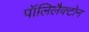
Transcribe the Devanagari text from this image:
पॉलिलैक्टोन